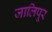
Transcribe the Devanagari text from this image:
जालिपूर